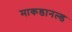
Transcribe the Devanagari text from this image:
माकडानल्ड